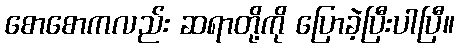
စောစောကလည်း ဆရာတို့ကို ပြောခဲ့ပြီးပါပြီ။